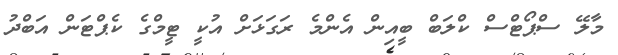
މާލޭ ސްޕޯޓްސް ކްލަބް ބީއިން އެންމެ ރަގަޅަށް އުކީ ޓީމްގެ ކެޕްޓަން އަބްދު